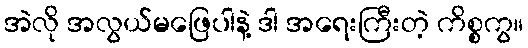
အဲလို အလွယ်မဖြေပါနဲ့ ဒါ အရေးကြီးတဲ့ ကိစ္စကွ။